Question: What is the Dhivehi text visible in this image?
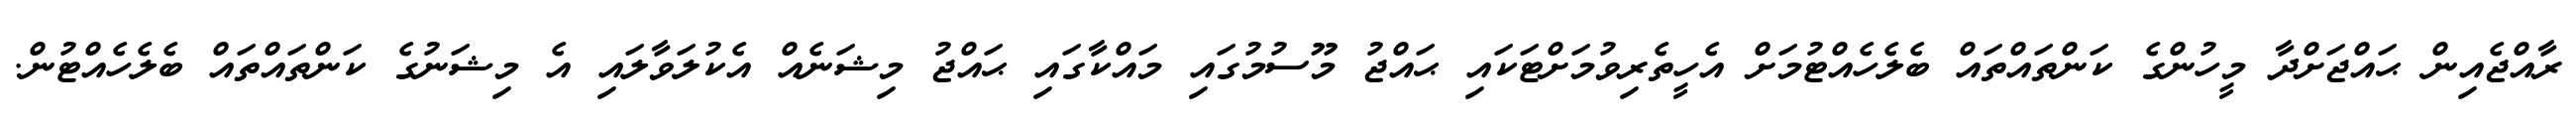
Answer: ރާއްޖެއިން ޙައްޖަށްދާ މީހުންގެ ކަންތައްތައް ބެލެހެއްޓުމަށް އެހީތެރިވުމަށްޓަކައި ޙައްޖު މޫސުމުގައި މައްކާގައި ޙައްޖު މިޝަނެއް އެކުލަވާލައި އެ މިޝަނުގެ ކަންތައްތައް ބެލެހެއްޓުން.